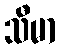
သီမာ